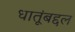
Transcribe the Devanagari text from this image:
धातूंबद्दल